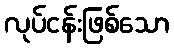
လုပ်ငန်းဖြစ်သော